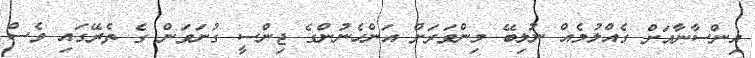
އިންސާނާއަށް ގެއްލުމެއް ނުލިބޭ މިންވަރަށް އަންހެނުންގެ ޖިންސީ ގުނަވަން ގެ ތެރޭގައި ވެސް